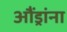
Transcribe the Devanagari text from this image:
औंड्रांना